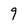
Character: 9